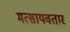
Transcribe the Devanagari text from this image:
मत्सायवतार